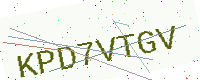
Text: KPD7VTGV